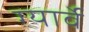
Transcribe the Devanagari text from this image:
ग्यार्वे